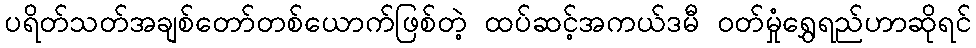
ပရိတ်သတ်အချစ်တော်တစ်ယောက်ဖြစ်တဲ့ ထပ်ဆင့်အကယ်ဒမီ ဝတ်မှုံရွှေရည်ဟာဆိုရင်